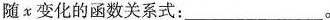
随 x 变化的函数关系式：___。